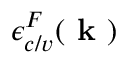
\epsilon _ { c / v } ^ { F } ( \textbf { k } )